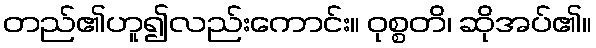
တည်၏ဟူ၍လည်းကောင်း။ ဝုစ္စတိ၊ ဆိုအပ်၏။